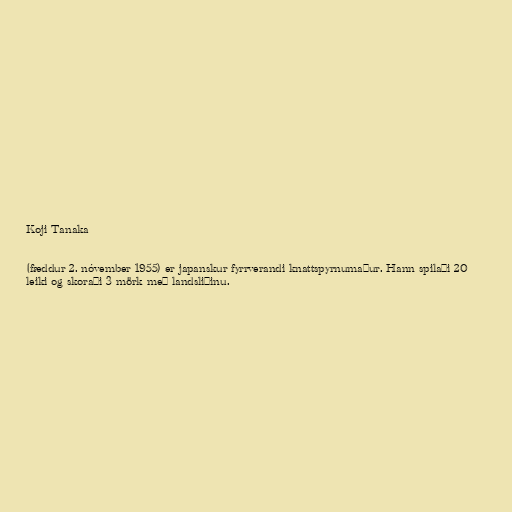
Koji Tanaka

(fæddur 2. nóvember 1955) er japanskur fyrrverandi knattspyrnumaður. Hann spilaði 20
leiki og skoraði 3 mörk með landsliðinu.